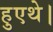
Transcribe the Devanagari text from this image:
हुएथे।